Annual administration report of the Civil Veterinary Department of India - 1894-1895
Year: 1894
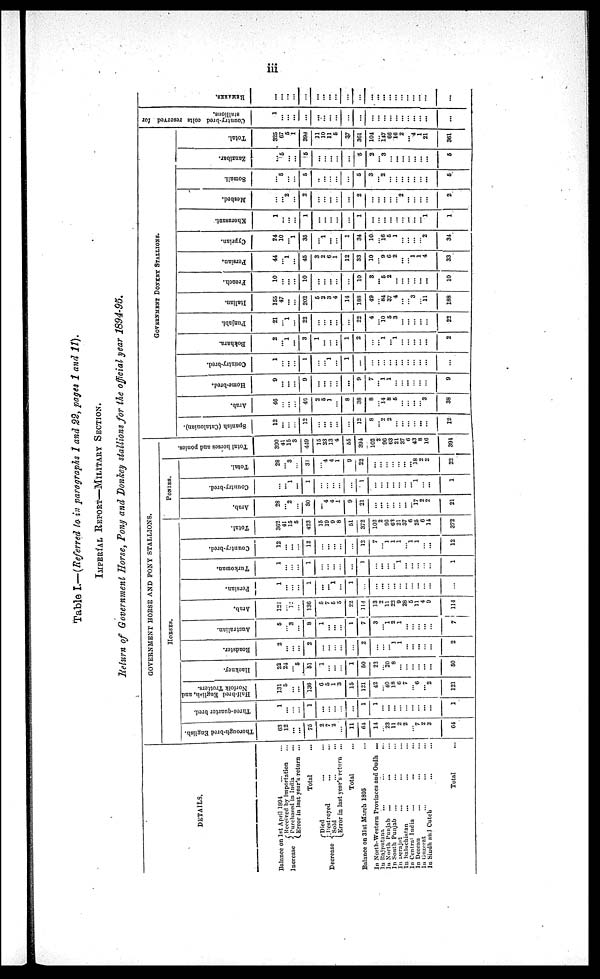
iii
Table I.—(Referred to in paragraphs 1 and 82, pages 1 and 11).
IMPERIAL REPORT—MILLITERY SECTION.
Return of Government Horse, Pony and Donkey stallions for the official year 1894-95.
DETAILS.
Balance on 1st April 1894
Increase
Received by importation ... ...
Purchased in India ...
Error in last year's return ...
Total ...
Decrease
Died ... ...
Destroyed ... ...
Sold ... ...
Error in last year's return ...
Total ...
Balance on 31st March 1895
In North-Western Provinces and Oudh ...
In Rajputana
... ... ...
In North Punjab
...
...
...
In South Punjab
...
In Derajat ... ... ...
In Baluchistan ... ... ...
In Central India ... ... ...
In Deccan ... ... ...
In Guzerat ... ... ...
In Sindh and Cutch ... ... ...
Total ...
GOVERNMENT HORSE AND PONY STALLIONS.
HORSES.
Thorough-bred English.
63
12
... ...
75
2
7
2
...
11
64
11
... 23
11
2
2
... 7
2
3
64
Three-quarter bred.
1
...
...
...
1
...
...
...
...
...
1
1
...
...
...
...
... ...
...
...
...
1
Half-bred English, and
Norfolk Trotters.
131
5
... ...
136
6
6
1
3
15
121
42
... 40
18
6
7
... 6
... 2
121
Hackney.
22
24
... 5
51
1
...
...
...
1
50
22
... 20
8
...
...
...
... ...
...
50
Roadster.
2
...
...
...
2
...
...
...
...
...
2
...
...
... 1
1
...
...
...
...
...
2
Australian.
5
... 3
...
8
1
...
...
...
1
7
3
... 1
2
1
...
...
...
...
...
7
Arab.
124
... 12
...
136
5
7
5
5
22
114
13
2
11
... 9
28
5
11
4
9
114
Persian.
1
...
...
...
1
...
... 1
...
1
...
...
...
...
...
...
...
...
...
...
...
...
Turkoman.
1
...
...
...
1
...
...
...
...
...
1
...
...
...
... 1
...
...
...
...
...
1
Country-bred.
12
...
...
...
12
...
...
...
...
...
12
7
... 1
1
1
... 1
1
... ...
12
Total.
362
41
15
5
423
15
19
9
8
51
372
102
2
98
63
21
S7
6
25
6
14
372
PONIES.
Arab.
28
... 2
...
30
...
4
4
1
9
21
...
...
... ...
... ...
... 17
2
2
21
Country-bred.
...
... 1
...
1
...
...
...
...
...
1
...
...
...
...
...
... ... 1
... ...
1
Total.
28
... 3
...
31
...
4
4
1
9
22
...
...
...
...
...
...
... 18
2
2
22
Total horses and ponies.
390
41
15
3
449
18
23
13
4
65
394
102
2
96
63
21
37
6
43
8
16
394
GOVRENMENT DONKEY STALLIONS.
Spanish (Catalonian).
12
...
...
...
12
...
...
...
...
12
8
... 2
2
...
... ...
... ...
...
12
Arab.
46
... ...
...
40
2
6
...
...
8
38
8
... 14
8
6
...
... ...
... 3
38
Home-bred.
9
...
...
...
9
...
...
...
...
...
9
7
...
... 1
...
... ...
...
...
...
9
Country-bred.
1
... ...
...
1
...
...
...
...
1
...
...
...
...
...
...
...
...
...
...
...
...
Bokhara.
2
...
... ...
3
1
...
... ...
1
2
...
... 1
... 1
...
... ...
...
...
2
Punjabi.
21
... 1
...
22
...
...
...
...
...
22
4
... 10
5
3
...
...
...
...
...
22
Italian.
155
47
...
...
202
5
2
3
4
14
188
49
... 84
37
4
...
... 3
... 11
188
French.
10
...
...
...
10
...
...
...
...
...
10
3
... 6
2
...
...
...
...
...
...
10
Persian.
44
... 1
...
45
3
2
6
1
12
33
10
... 9
6
2
...
... 1
1
4
33
Cyprian.
24
10
... 1
35
...
1
...
...
1
34
10
... 16
8
1
... ...
...
... 2
34
Khorasani.
1
...
...
...
1
...
...
...
...
...
1
...
...
... ...
...
...
...
...
... 1
1
Meshed.
...
... 2
...
2
...
...
...
...
...
2
...
...
...
...
... 2
...
...
...
...
2
Somali.
...
5
...
...
5
...
...
...
...
...
5
3
... 2
...
...
...
...
...
...
...
5
Zanzibar.
...
5
...
...
5
...
...
...
...
...
5
2
... 3
...
...
...
...
...
...
...
5
Total.
325
67
5
1
398
11
10
11
5
37
361
104
...
147
66
16
2
... 4
1
21
361
Country-bred colts reserved for
stallions.
1
...
...
...
...
...
...
...
...
...
...
...
...
...
...
...
...
...
...
...
...
REMARKS.
...
...
...
...
...
...
...
...
...
...
...
...
...
...
...
...
...
...
...
...
...
...